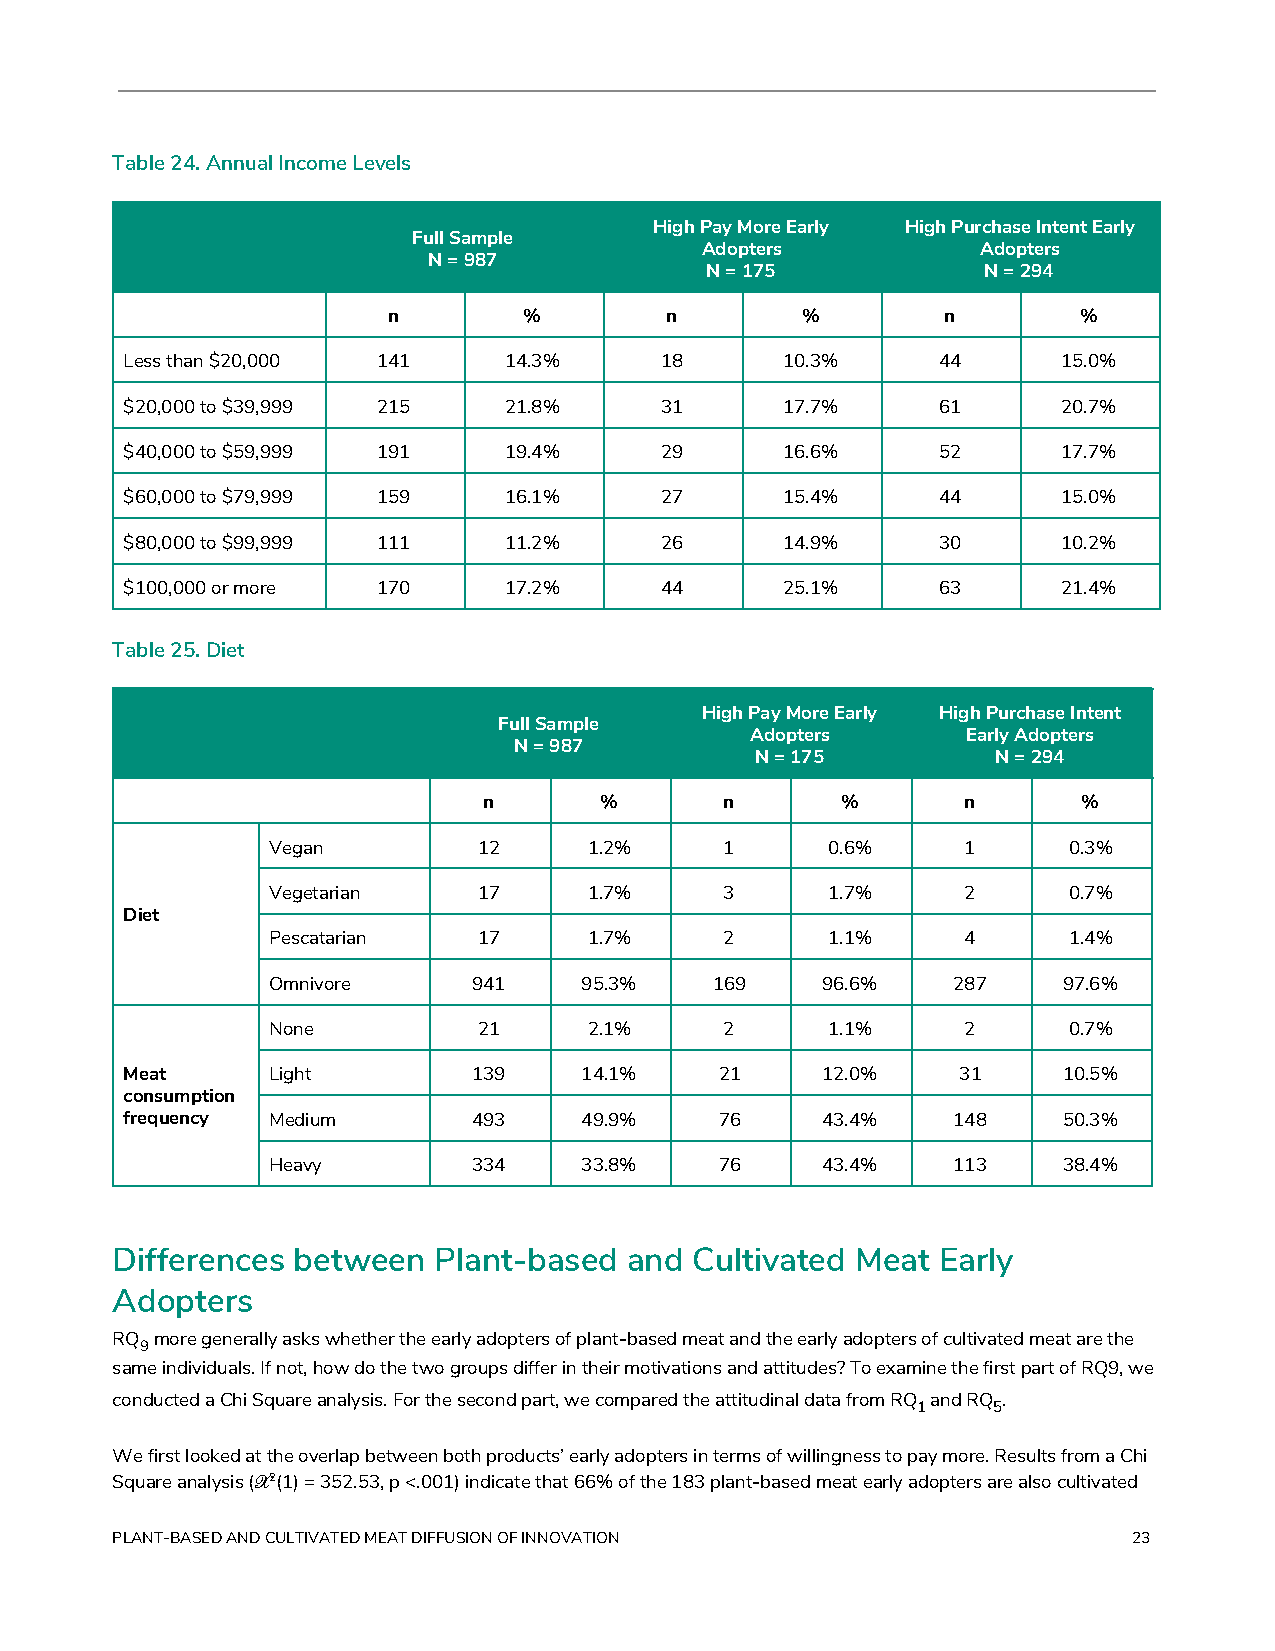
Table 24. Annual Income Levels
 High Pay More Early High Purchase Intent Early
 Full Sample
 Adopters           Adopters
 N = 987
 N = 175           N = 294
 n        %        n        %        n        %
 Less than $20,000 141    14.3%      18      10.3%     44      15.0%
 $20,000 to $39,999 215   21.8%      31      17.7%     61      20.7%
 $40,000 to $59,999 191   19.4%      29      16.6%     52      17.7%
 $60,000 to $79,999 159   16.1%      27      15.4%     44      15.0%
 $80,000 to $99,999 111   11.2%      26      14.9%     30      10.2%
 $100,000 or more 170     17.2%      44      25.1%     63      21.4%
 Table 25. Diet
 High Pay More Early High Purchase Intent
 Full Sample
 Adopters      Early Adopters
 N = 987
 N = 175         N = 294
 n       %       n       %       n       %
 Vegan         12     1.2%     1      0.6%     1      0.3%
 Vegetarian    17     1.7%     3      1.7%     2      0.7%
 Diet
 Pescatarian   17     1.7%     2      1.1%     4      1.4%
 Omnivore     941    95.3%    169    96.6%    287    97.6%
 None          21     2.1%     2      1.1%     2      0.7%
 Meat      Light        139    14.1%     21    12.0%     31    10.5%
 consumption
 frequency Medium       493    49.9%     76    43.4%    148    50.3%
 Heavy        334    33.8%     76    43.4%    113    38.4%
 Differences between   Plant-based and  Cultivated Meat Early
 Adopters
 RQ​ more generally asks whether the early adopters of plant-based meat and the early adopters of cultivated meat are the
 9​
 same individuals. If not, how do the two groups differ in their motivations and attitudes? To examine the first part of RQ9, we
 conducted a Chi Square analysis. For the second part, we compared the attitudinal data from RQ​ and RQ​ .
 1 ​  5​
 We first looked at the overlap between both products’ early adopters in terms of willingness to pay more. Results from a Chi
 Square analysis (𝒳​2(​1) = 352.53, p <.001) indicate that 66% of the 183 plant-based meat early adopters are also cultivated
 PLANT-BASED AND CULTIVATED MEAT DIFFUSION OF INNOVATION             23